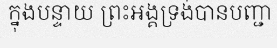
ក្នុងបន្ទាយ ព្រះអង្គទ្រង់បានបញ្ជា